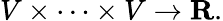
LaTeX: V\times\cdots\times V\to\mathbf{R}.